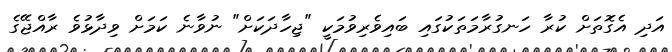
އަދި އެގޮތަށް ކުރާ ހަނގުރާމަތަކުގައި ބައިވެރިވުމަކީ "ޖިހާދަކަށް" ނުވާނެ ކަމަށް ވިދާޅުވެ ރާއްޖޭގެ